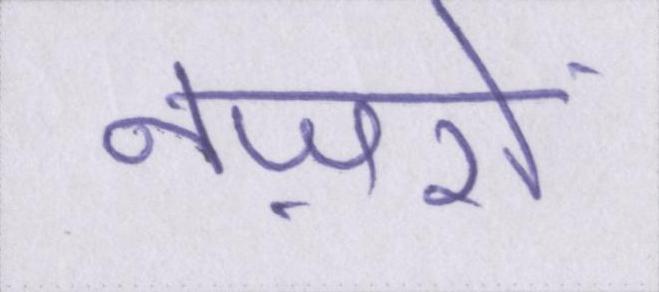
नज़रों